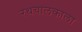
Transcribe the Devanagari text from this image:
रथचालकाला